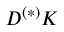
D ^ { ( * ) } K